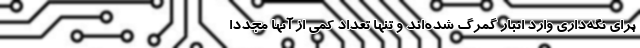
برای نگه‌داری وارد انبار گمرگ شده‌اند و تنها تعداد کمی از آنها مجددا